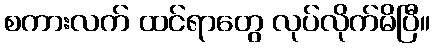
စကားလက် ထင်ရာတွေ လုပ်လိုက်မိပြီ။